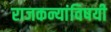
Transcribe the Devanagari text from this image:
राजकन्यांविषयी